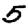
Digit: 5